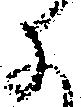
子